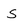
Character: s